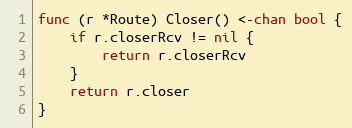
Language: Go
func (r *Route) Closer() <-chan bool {
	if r.closerRcv != nil {
		return r.closerRcv
	}
	return r.closer
}